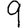
Digit: 9